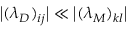
\bigl | ( \lambda _ { D } ) _ { i j } \bigr | \ll \bigl | ( \lambda _ { M } ) _ { k l } \bigr |